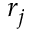
r _ { j }